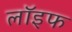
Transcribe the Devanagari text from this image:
लॉइफ